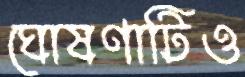
ঘোষণাটিও